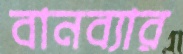
বানব্যার